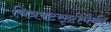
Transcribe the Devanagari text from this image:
चित्रपटसृष्टींपैकी